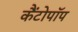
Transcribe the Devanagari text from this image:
कैंटोपॉप